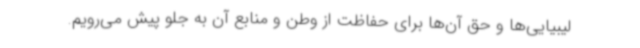
لیبیایی‌ها و حق آن‌ها برای حفاظت از وطن و منابع آن به جلو پیش می‌رویم.